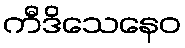
ကီဒိသေနေဝ